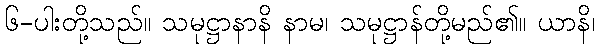
၆-ပါးတို့သည်။ သမုဋ္ဌာနာနိ နာမ၊ သမုဋ္ဌာန်တို့မည်၏။ ယာနိ၊